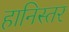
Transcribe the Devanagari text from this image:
हानिस्तर